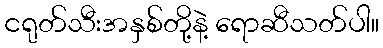
ငရုတ်သီးအနှစ်တို့နဲ့ ရောဆီသတ်ပါ။